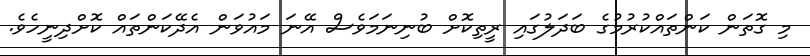
މި ގޮތަން ކަންތައްކުރުމުގެ ބަދަލުގައި ރީތިކޮށް ބުނިނަމަވެސް އޭނަ މައުވަން އެދޭކަންތައް ކޮށްދިނީހެވެ.